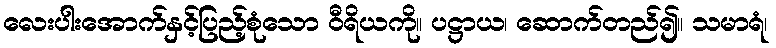
လေးပါးအောက်နှင့်ပြည့်စုံသော ဝီရိယကို။ ပဋ္ဌာယ၊ ဆောက်တည်၍။ သမာရံ၊